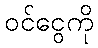
ဝင်ငွေကို